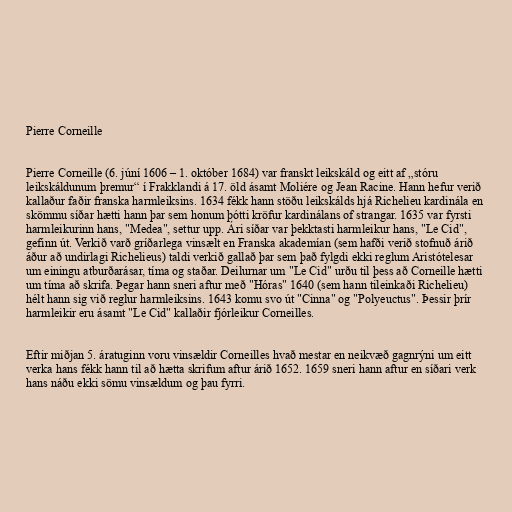
Pierre Corneille

Pierre Corneille (6. júní 1606 – 1. október 1684) var franskt leikskáld og eitt af „stóru
leikskáldunum þremur“ í Frakklandi á 17. öld ásamt Moliére og Jean Racine. Hann hefur verið
kallaður faðir franska harmleiksins. 1634 fékk hann stöðu leikskálds hjá Richelieu kardinála en
skömmu síðar hætti hann þar sem honum þótti kröfur kardinálans of strangar. 1635 var fyrsti
harmleikurinn hans, "Medea", settur upp. Ári síðar var þekktasti harmleikur hans, "Le Cid",
gefinn út. Verkið varð gríðarlega vinsælt en Franska akademían (sem hafði verið stofnuð árið
áður að undirlagi Richelieus) taldi verkið gallað þar sem það fylgdi ekki reglum Aristótelesar
um einingu atburðarásar, tíma og staðar. Deilurnar um "Le Cid" urðu til þess að Corneille hætti
um tíma að skrifa. Þegar hann sneri aftur með "Hóras" 1640 (sem hann tileinkaði Richelieu)
hélt hann sig við reglur harmleiksins. 1643 komu svo út "Cinna" og "Polyeuctus". Þessir þrír
harmleikir eru ásamt "Le Cid" kallaðir fjórleikur Corneilles.

Eftir miðjan 5. áratuginn voru vinsældir Corneilles hvað mestar en neikvæð gagnrýni um eitt
verka hans fékk hann til að hætta skrifum aftur árið 1652. 1659 sneri hann aftur en síðari verk
hans náðu ekki sömu vinsældum og þau fyrri.